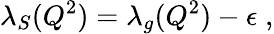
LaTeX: \lambda_{S}(Q^{2})=\lambda_{g}(Q^{2})-\epsilon\; ,